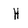
Character: H